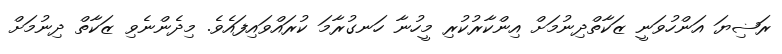
ރަޟިޔަ އަންހުވަނީ ޒަކާތްދިނުމަށް އިންކާރުކުރި މީހުނާ ހަނގުރާމަ ކުރައްވައިފައެވެ. މިދެންނެވި ޒަކާތް ދިނުމަށް